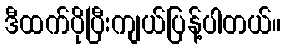
ဒီထက်ပိုပြီးကျယ်ပြန့်ပါတယ်။